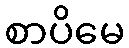
စာပိမေ